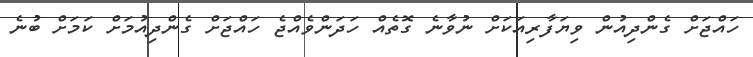
ހައްޖަށް ގެންދިއުން ވިޔަފާރިއަކަށް ނުވާނެ ގޮތެއް ހަދަންވެއްޖެ ހައްޖަށް ގެންދިއުމަށް ކަމަށް ބުނެ